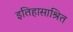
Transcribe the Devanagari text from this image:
इतिहासाश्रित